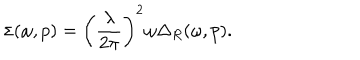
\sigma ( \omega , p ) = \left( \frac { \lambda } { 2 \pi } \right) ^ { 2 } \omega \Delta _ { R } ( \omega , p ) .